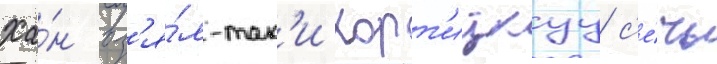
Ха́н вз'я́л-так'и хорт'ицкуу с'е́чь